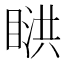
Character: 𥈰